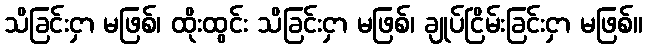
သိခြင်းငှာ မဖြစ်၊ ထိုးထွင်း သိခြင်းငှာ မဖြစ်၊ ချုပ်ငြိမ်းခြင်းငှာ မဖြစ်။